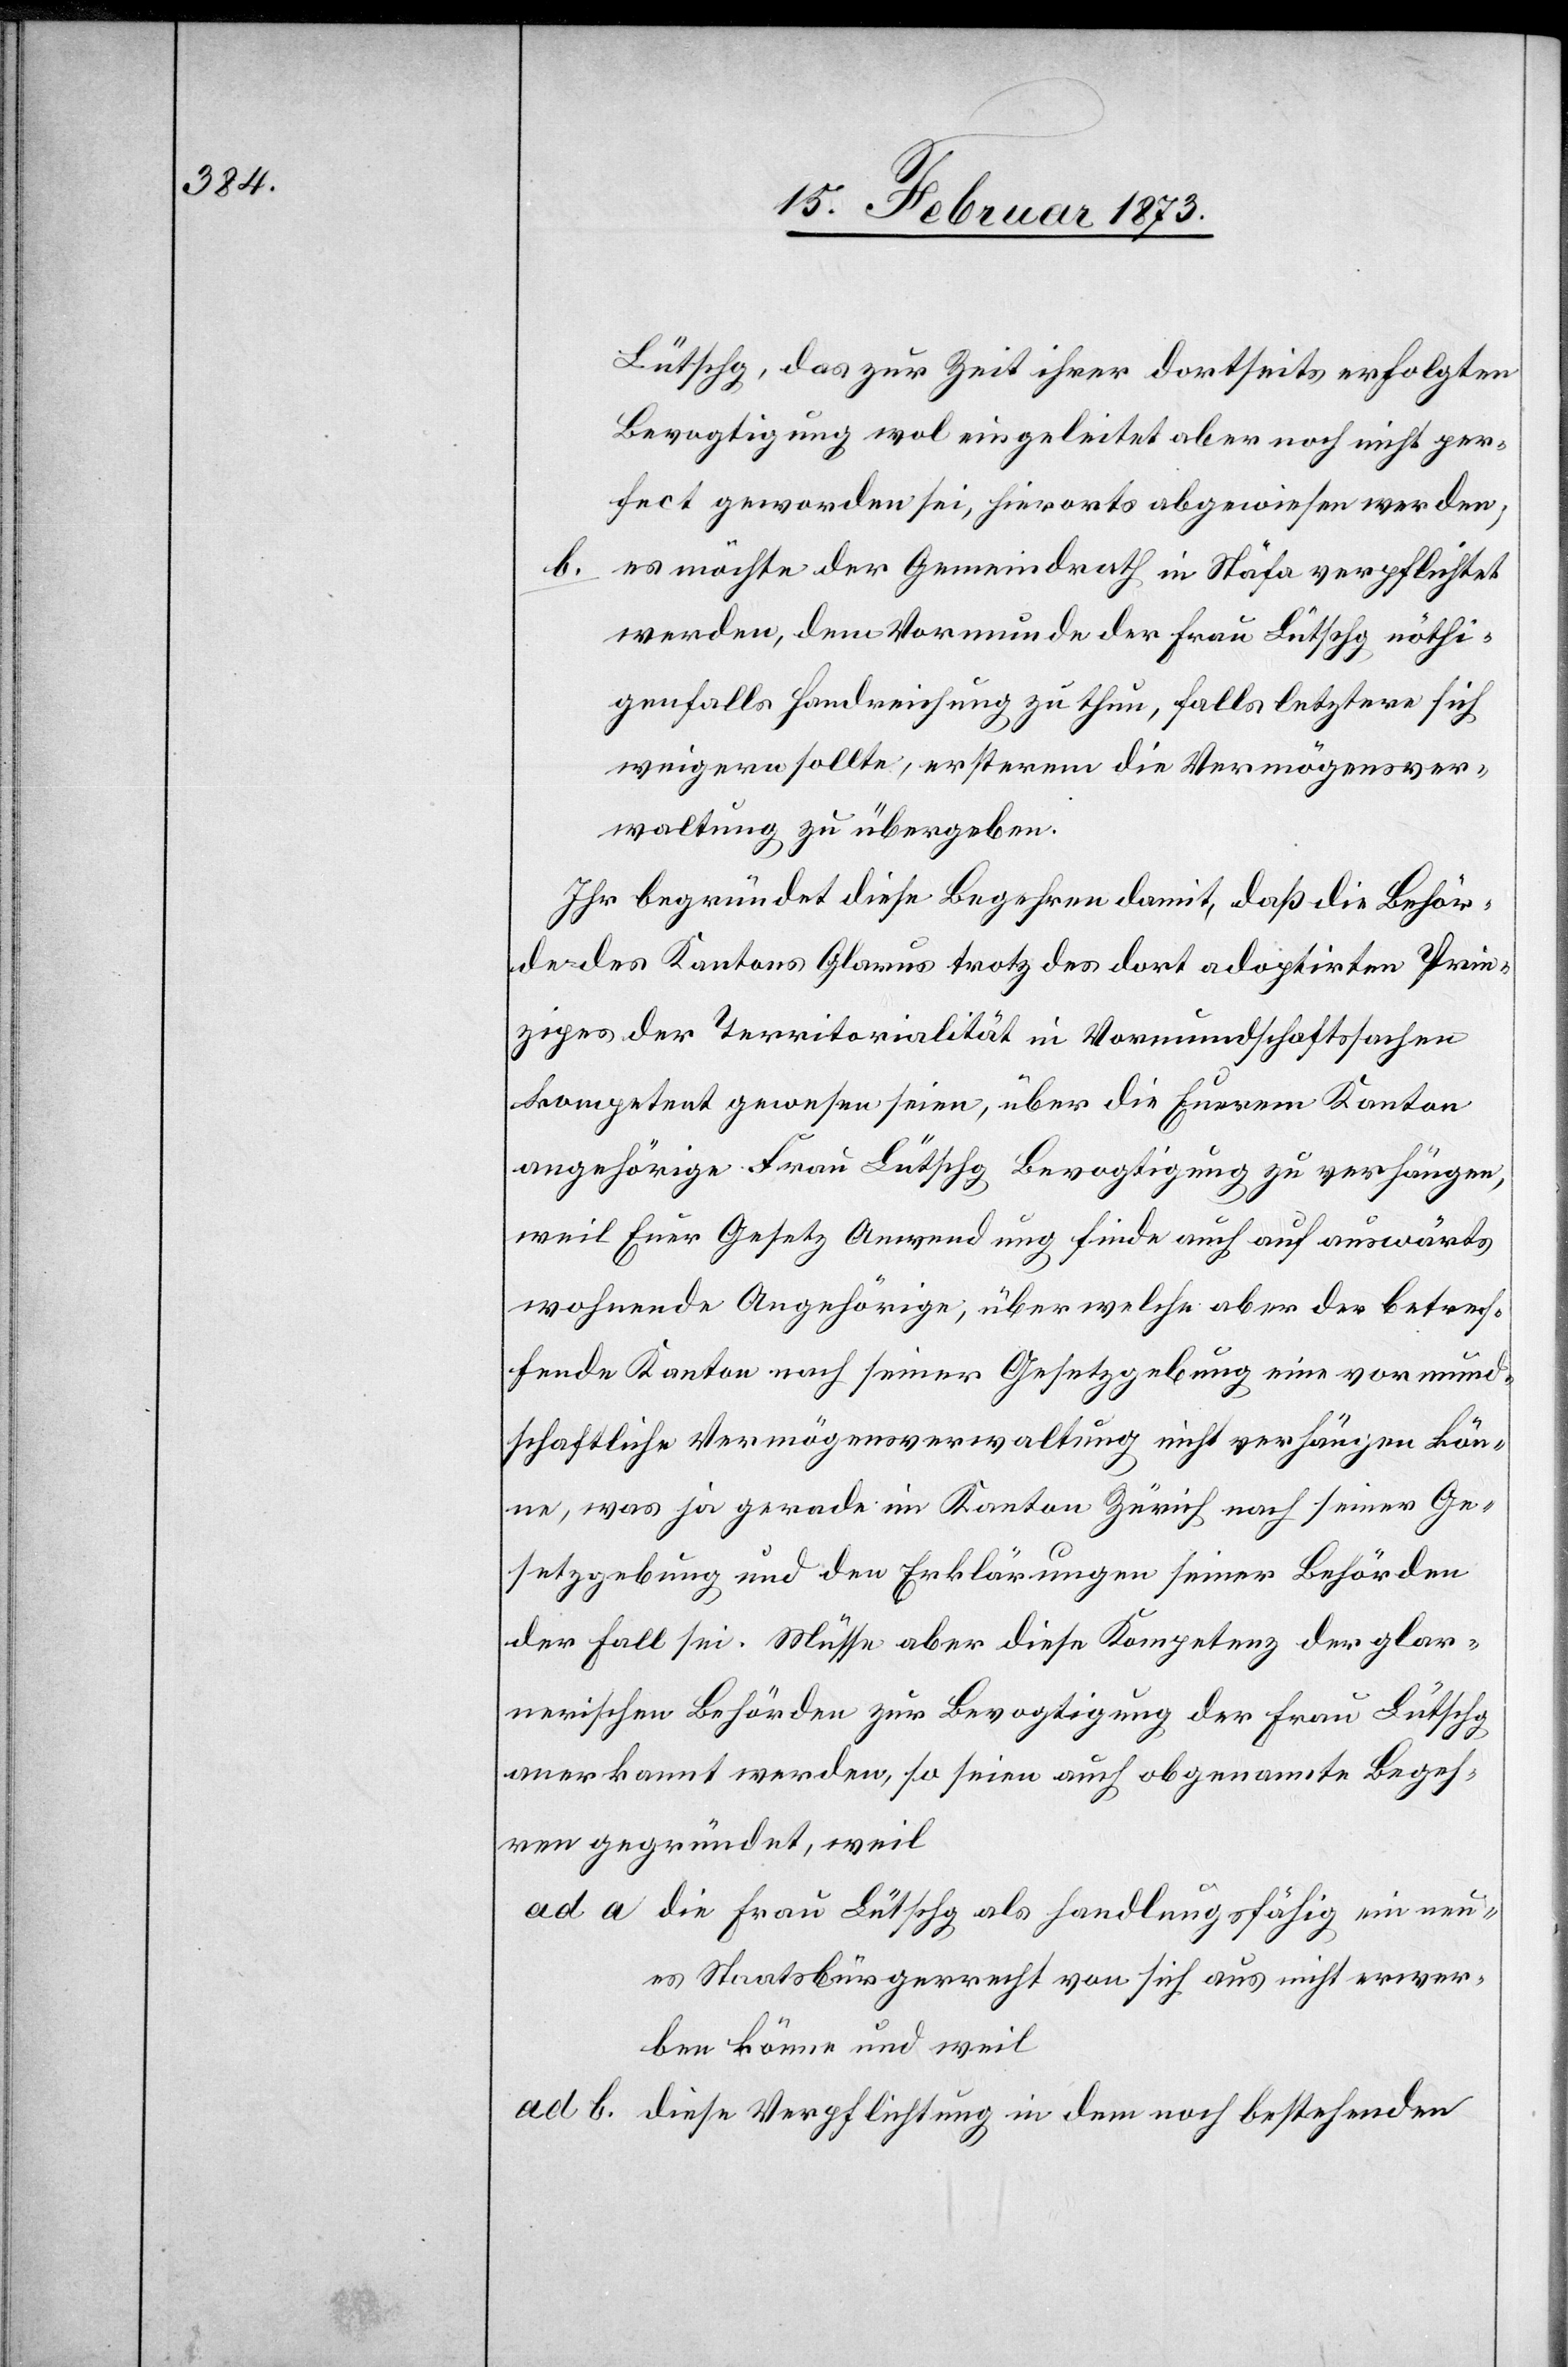
Lütschg, das zur Zeit ihrer dortseits erfolgten
Bevogtigung wol eingeleitet aber noch nicht per¬
fect geworden sei, hierorts abgewiesen werden,
b. es möchte der Gemeindrath in Stäfa verpflichtet
werden, dem Vormunde der Frau Lütschg nöthi¬
genfalls Handreichung zu thun, falls letztere sich
weigern sollte, ersterem die Vermögensver¬
waltung zu übergeben.
Ihr begründet diese Begehren damit, daß die Behör¬
den des Kantons Glarus trotz des dort adoptirten Prin¬
zipes der Territorialität in Vormundschaftssachen
kompetent gewesen seien, über die Euerem Kanton
angehörige Frau Lütschg Bevogtigung zu verhängen,
weil Euer Gesetz Anwendung finde auch auf auswärts
wohnende Angehörige, über welche aber der betref¬
fende Kanton nach seiner Gesetzgebung eine vormund¬
schaftliche Vermögensverwaltung nicht verhängen kön¬
ne, was ja gerade im Kanton Zürich nach seiner Ge¬
setzgebung und den Erklärungen seiner Behörden
der Fall sei. Müsse aber diese Kompetenz der glar¬
nerischen Behörden zur Bevogtigung der Frau Lütschg
anerkannt werden, so seien auch obgenannte Begeh¬
ren gegründet, weil
ad a die Frau Lütschg als handlungsfähig ein neu¬
es Staatsbürgerrecht von sich aus nicht erwer¬
ben könne und weil
ad b diese Verpflichtung in dem noch bestehenden